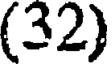
(32)